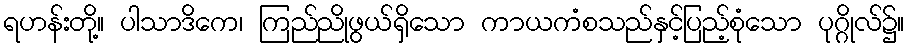
ရဟန်းတို့။ ပါသာဒိကေ၊ ကြည်ညိုဖွယ်ရှိသော ကာယကံစသည်နှင့်ပြည့်စုံသော ပုဂ္ဂိုလ်၌။